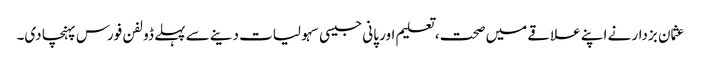
عثمان بزدار نے اپنے علاقے میں صحت، تعلیم اور پانی جیسی سہولیات دینے سے پہلے ڈولفن فورس پہنچا دی۔